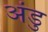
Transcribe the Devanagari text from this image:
अंडु